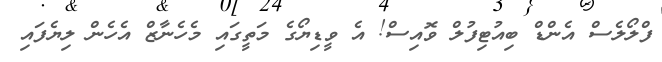
ފްލޯލެސް އެންޑް ބިއުޓިފުލް ވޮއިސް! އެ ވީޑިޔޯގެ މަތީގައި މެހެނާޒް އެހެން ލިޔެފައި